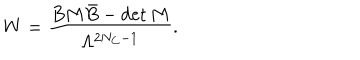
LaTeX: W = \frac { B M \bar { B } - \det M } { \Lambda ^ { 2 N _ { C } - 1 } } .